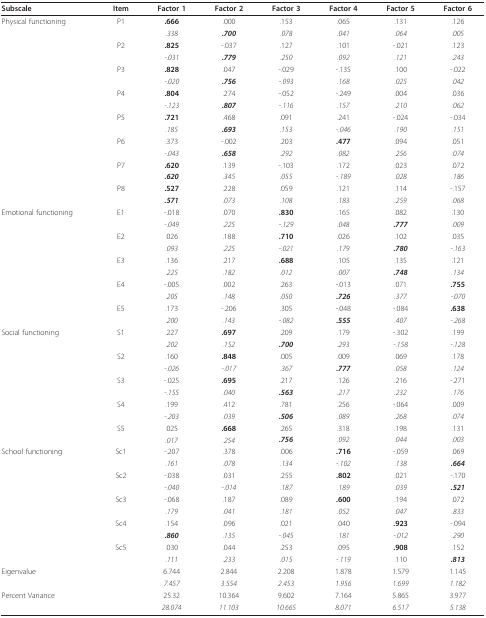
<table><thead><tr><td><b>Subscale</b></td><td><b>Item</b></td><td><b>Factor 1</b></td><td><b>Factor 2</b></td><td><b>Factor 3</b></td><td><b>Factor 4</b></td><td><b>Factor 5</b></td><td><b>Factor 6</b></td></tr></thead><tbody><tr><td>Physical functioning</td><td>P1</td><td><b>.666</b></td><td>.000</td><td>.153</td><td>.065</td><td>.131</td><td>.126</td></tr><tr><td></td><td></td><td><i>.338</i></td><td><b><i>.700</i></b></td><td><i>.078</i></td><td><i>.041</i></td><td><i>.064</i></td><td><i>.005</i></td></tr><tr><td></td><td>P2</td><td><b>.825</b></td><td>-.037</td><td>.127</td><td>.101</td><td>-.021</td><td>.123</td></tr><tr><td></td><td></td><td><i>-.031</i></td><td><b><i>.779</i></b></td><td><i>.250</i></td><td><i>.092</i></td><td><i>.121</i></td><td><i>.243</i></td></tr><tr><td></td><td>P3</td><td><b>.828</b></td><td>.047</td><td>-.029</td><td>-.135</td><td>.100</td><td>-.022</td></tr><tr><td></td><td></td><td><i>-.020</i></td><td><b><i>.756</i></b></td><td><i>-.093</i></td><td><i>.168</i></td><td><i>.025</i></td><td><i>.042</i></td></tr><tr><td></td><td>P4</td><td><b>.804</b></td><td>.274</td><td>-.052</td><td>-.249</td><td>.004</td><td>.036</td></tr><tr><td></td><td></td><td><i>-.123</i></td><td><b><i>.807</i></b></td><td><i>-.116</i></td><td><i>.157</i></td><td><i>.210</i></td><td><i>.062</i></td></tr><tr><td></td><td>P5</td><td><b>.721</b></td><td>.468</td><td>.091</td><td>.241</td><td>-.024</td><td>-.034</td></tr><tr><td></td><td></td><td><i>.185</i></td><td><b><i>.693</i></b></td><td><i>.153</i></td><td><i>-.046</i></td><td><i>.190</i></td><td><i>.151</i></td></tr><tr><td></td><td>P6</td><td>.373</td><td>-.002</td><td>.203</td><td><b>.477</b></td><td>.094</td><td>.051</td></tr><tr><td></td><td></td><td><i>-.043</i></td><td><b><i>.658</i></b></td><td><i>.292</i></td><td><i>.082</i></td><td><i>.256</i></td><td><i>.074</i></td></tr><tr><td></td><td>P7</td><td><b>.620</b></td><td>.139</td><td>-.103</td><td>.172</td><td>.023</td><td>.072</td></tr><tr><td></td><td></td><td><b><i>.620</i></b></td><td><i>.345</i></td><td><i>.055</i></td><td><i>-.189</i></td><td><i>.028</i></td><td><i>.186</i></td></tr><tr><td></td><td>P8</td><td><b>.527</b></td><td>.228</td><td>.059</td><td>.121</td><td>.114</td><td>-.157</td></tr><tr><td></td><td></td><td><b><i>.571</i></b></td><td><i>.073</i></td><td><i>.108</i></td><td><i>.183</i></td><td><i>.259</i></td><td><i>.068</i></td></tr><tr><td>Emotional functioning</td><td>E1</td><td>-.018</td><td>.070</td><td><b>.830</b></td><td>.165</td><td>.082</td><td>.130</td></tr><tr><td></td><td></td><td><i>-.049</i></td><td><i>.225</i></td><td><i>-.129</i></td><td><i>.048</i></td><td><b><i>.777</i></b></td><td><i>.009</i></td></tr><tr><td></td><td>E2</td><td>.026</td><td>.188</td><td><b>.710</b></td><td>.026</td><td>.102</td><td>.035</td></tr><tr><td></td><td></td><td><i>.093</i></td><td><i>.225</i></td><td><i>-.021</i></td><td><i>.179</i></td><td><b><i>.780</i></b></td><td><i>-.163</i></td></tr><tr><td></td><td>E3</td><td>.136</td><td>.217</td><td><b>.688</b></td><td>.105</td><td>.135</td><td>.121</td></tr><tr><td></td><td></td><td><i>.225</i></td><td><i>.182</i></td><td><i>.012</i></td><td><i>.007</i></td><td><b><i>.748</i></b></td><td><i>.134</i></td></tr><tr><td></td><td>E4</td><td>-.005</td><td>.002</td><td>.263</td><td>-.013</td><td>.071</td><td><b>.755</b></td></tr><tr><td></td><td></td><td><i>.205</i></td><td><i>.148</i></td><td><i>.050</i></td><td><b><i>.726</i></b></td><td><i>.377</i></td><td><i>-.070</i></td></tr><tr><td></td><td>E5</td><td>.173</td><td>-.206</td><td>.305</td><td>-.048</td><td>-.084</td><td><b>.638</b></td></tr><tr><td></td><td></td><td><i>.200</i></td><td><i>.143</i></td><td><i>-.082</i></td><td><b><i>.555</i></b></td><td><i>.407</i></td><td><i>-.268</i></td></tr><tr><td>Social functioning</td><td>S1</td><td>.227</td><td><b>.697</b></td><td>.209</td><td>.179</td><td>-.302</td><td>.199</td></tr><tr><td></td><td></td><td><i>.202</i></td><td><i>.152</i></td><td><b><i>.700</i></b></td><td><i>.293</i></td><td><i>-.158</i></td><td><i>-.128</i></td></tr><tr><td></td><td>S2</td><td>.160</td><td><b>.848</b></td><td>.005</td><td>.009</td><td>.069</td><td>.178</td></tr><tr><td></td><td></td><td><i>-.026</i></td><td><i>-.017</i></td><td><i>.367</i></td><td><b><i>.777</i></b></td><td><i>.058</i></td><td><i>.124</i></td></tr><tr><td></td><td>S3</td><td>-.025</td><td><b>.695</b></td><td>.217</td><td>.126</td><td>.216</td><td>-.271</td></tr><tr><td></td><td></td><td><i>-.155</i></td><td><i>.040</i></td><td><b><i>.563</i></b></td><td><i>.217</i></td><td><i>.232</i></td><td><i>.176</i></td></tr><tr><td></td><td>S4</td><td>.199</td><td>.412</td><td>.781</td><td>.256</td><td>-.064</td><td>.009</td></tr><tr><td></td><td></td><td><i>-.203</i></td><td><i>.039</i></td><td><b><i>.506</i></b></td><td><i>.089</i></td><td><i>.268</i></td><td><i>.074</i></td></tr><tr><td></td><td>S5</td><td>.025</td><td><b>.668</b></td><td>.265</td><td>.318</td><td>.198</td><td>.131</td></tr><tr><td></td><td></td><td><i>.017</i></td><td><i>.254</i></td><td><b><i>.756</i></b></td><td><i>.092</i></td><td><i>.044</i></td><td><i>.003</i></td></tr><tr><td>School functioning</td><td>Sc1</td><td>-.207</td><td>.378</td><td>.006</td><td><b>.716</b></td><td>-.059</td><td>.069</td></tr><tr><td></td><td></td><td><i>.161</i></td><td><i>.078</i></td><td><i>.134</i></td><td><i>-.102</i></td><td><i>.138</i></td><td><b><i>.664</i></b></td></tr><tr><td></td><td>Sc2</td><td>-.038</td><td>.031</td><td>.255</td><td><b>.802</b></td><td>.021</td><td>-.170</td></tr><tr><td></td><td></td><td><i>-.040</i></td><td><i>-.014</i></td><td><i>.187</i></td><td><i>.189</i></td><td><i>.039</i></td><td><b><i>.521</i></b></td></tr><tr><td></td><td>Sc3</td><td>-.068</td><td>.187</td><td>.089</td><td><b>.600</b></td><td>.194</td><td>.072</td></tr><tr><td></td><td></td><td><i>.179</i></td><td><i>.041</i></td><td><i>.181</i></td><td><i>.052</i></td><td><i>.047</i></td><td><i>.833</i></td></tr><tr><td></td><td>Sc4</td><td>.154</td><td>.096</td><td>.021</td><td>.040</td><td><b>.923</b></td><td>-.094</td></tr><tr><td></td><td></td><td><b><i>.860</i></b></td><td><i>.135</i></td><td><i>-.045</i></td><td><i>.181</i></td><td><i>-.012</i></td><td><i>.290</i></td></tr><tr><td></td><td>Sc5</td><td>.030</td><td>.044</td><td>.253</td><td>.095</td><td><b>.908</b></td><td>.152</td></tr><tr><td></td><td></td><td><i>.111</i></td><td><i>.233</i></td><td><i>.015</i></td><td><i>-.119</i></td><td>.110</td><td><b><i>.813</i></b></td></tr><tr><td>Eigenvalue</td><td></td><td>6.744</td><td>2.844</td><td>2.208</td><td>1.878</td><td>1.579</td><td>1.145</td></tr><tr><td></td><td></td><td><i>7.457</i></td><td><i>3.554</i></td><td><i>2.453</i></td><td><i>1.956</i></td><td><i>1.699</i></td><td><i>1.182</i></td></tr><tr><td>Percent Variance</td><td></td><td>25.32</td><td>10.364</td><td>9.602</td><td>7.164</td><td>5.865</td><td>3.977</td></tr><tr><td></td><td></td><td><i>28.074</i></td><td><i>11.103</i></td><td><i>10.665</i></td><td><i>8.071</i></td><td><i>6.517</i></td><td><i>5.138</i></td></tr></tbody></table>